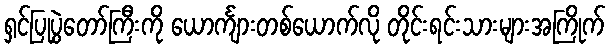
ရှင်ပြုပွဲတော်ကြီးကို ယောင်္ကျားတစ်ယောက်လို တိုင်းရင်းသားများအကြိုက်